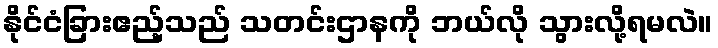
နိုင်ငံခြားဧည့်သည် သတင်းဌာနကို ဘယ်လို သွားလို့ရမလဲ။